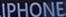
IPHONE